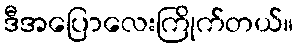
ဒီအပြောလေးကြိုက်တယ်။